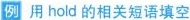
例 用hold的相关短语填空